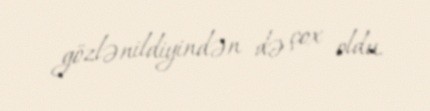
gözlənildiyindən də çox oldu.